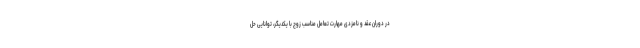
در دوران عقد و نامزدی مهارت تعامل مناسب زوج با یکدیگر، توانایی حل